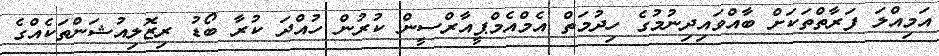
އަމިއްލަ ފަރާތްތަކަށް ބާއްވައިދިނުމުގެ ހިދުމަތް އެމްއެމްޕީއާރްސީން ކުރުން ހުއްދަ ކުރާ ބޯޑު ރިޒޮލިއުޝަންތަކެއްގެ